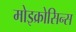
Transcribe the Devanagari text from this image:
मोइक्रोसिन्स